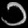
Digit: ၁